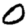
Digit: 0